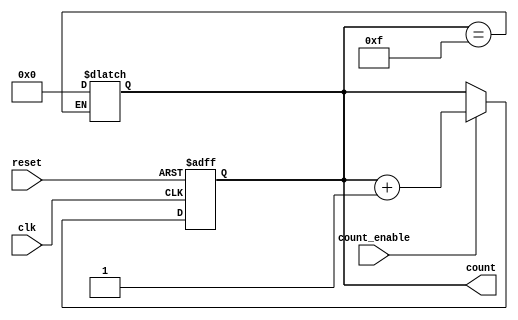
module async_counter (
    input wire clk,           // Clock input
    input wire reset,         // Asynchronous reset input
    input wire count_enable,   // Count enable input
    output reg [N-1:0] count   // Output count value (N bits)
);
    parameter N = 4; // Define the bit width of the counter

    always @(posedge clk or posedge reset) begin
        if (reset) begin
            count <= 0; // Reset the counter to zero
        end else if (count_enable) begin
            count <= count + 1; // Increment the count
        end
    end

    // Handle overflow (wrap-around for N-bit counter)
    always @(count) begin
        if (count == (1 << N) - 1) begin
            count <= 0; // Wrap around when max count is reached
        end
    end

endmodule